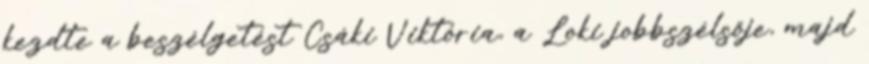
kezdte a beszélgetést Csáki Viktória, a Loki jobbszélsője, majd